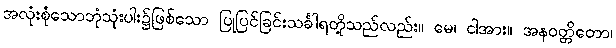
အလုံးစုံသောဘုံသုံးပါး၌ဖြစ်သော ပြုပြင်ခြင်းသင်္ခါရတို့သည်လည်း။ မေ၊ ငါအား။ အနဝတ္တိတော၊